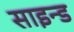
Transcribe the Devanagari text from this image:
साइन्ड